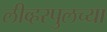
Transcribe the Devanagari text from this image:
लीव्हरपुलच्या